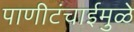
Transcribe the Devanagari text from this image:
पाणीटंचाईमुळे